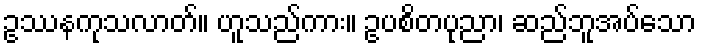
ဥဿနကုသလာတ်။ ဟူသည်ကား။ ဥပစိတပုညာ၊ ဆည်ဘူအပ်သော